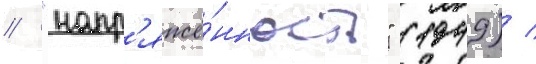
/ "напр'яжё́нность" (1949) /